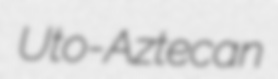
Uto-Aztecan